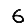
Digit: 6